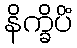
နိက္ခိပိံ